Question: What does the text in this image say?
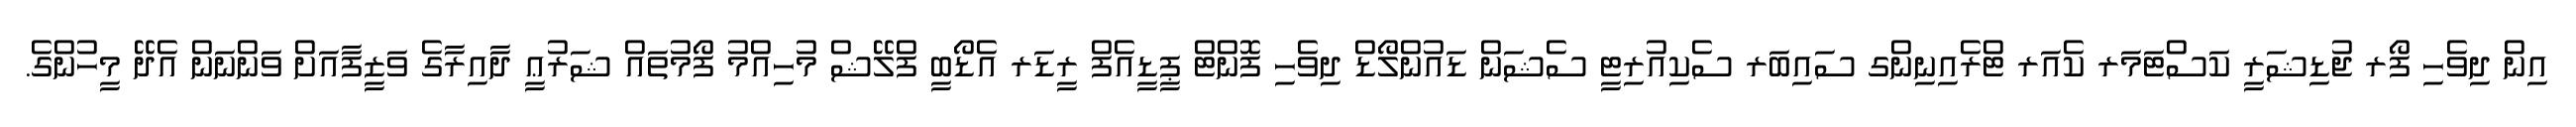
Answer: އިން ދިވެހި ފޯރ ޖުޑިޝަރީ ކަސްޓަމަރ ކެއަރ ޓްރެއިނިންގ ސައިބަރ ސެކިއުރިޓީ ސެޝަން ޑައުންލޯޑް ދިވެހި ފޮންޓް ޕީޑީއެފް ރީޑަރ އެޑޯބީ ފްލޭޝް މުހިއްމު ފޯމުތައް ޝަރުޢީ ދާއިރާގެ ވަޒީފާއަށް ވަންނަން އެދޭ މީހުންގެ.